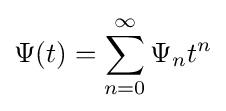
\Psi (t)=\sum _{n=0}^{\infty }\Psi _{n}t^{n}